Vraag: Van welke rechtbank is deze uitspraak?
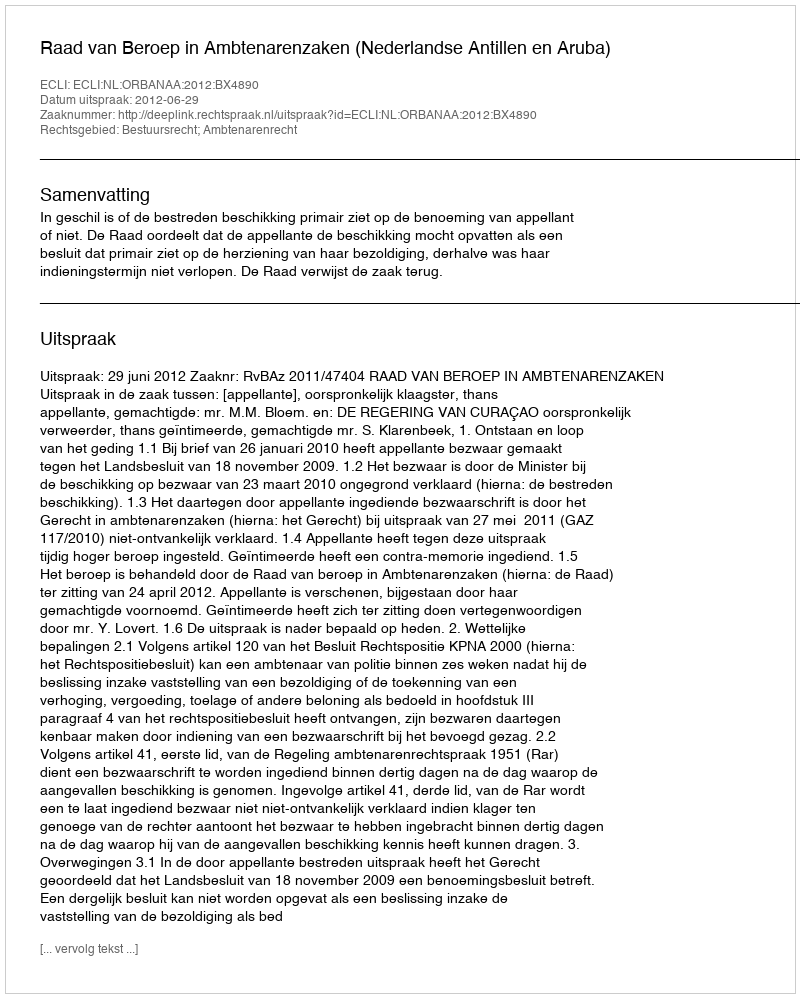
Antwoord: Raad van Beroep in Ambtenarenzaken (Nederlandse Antillen en Aruba)